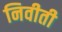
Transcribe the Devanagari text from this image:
निवीती